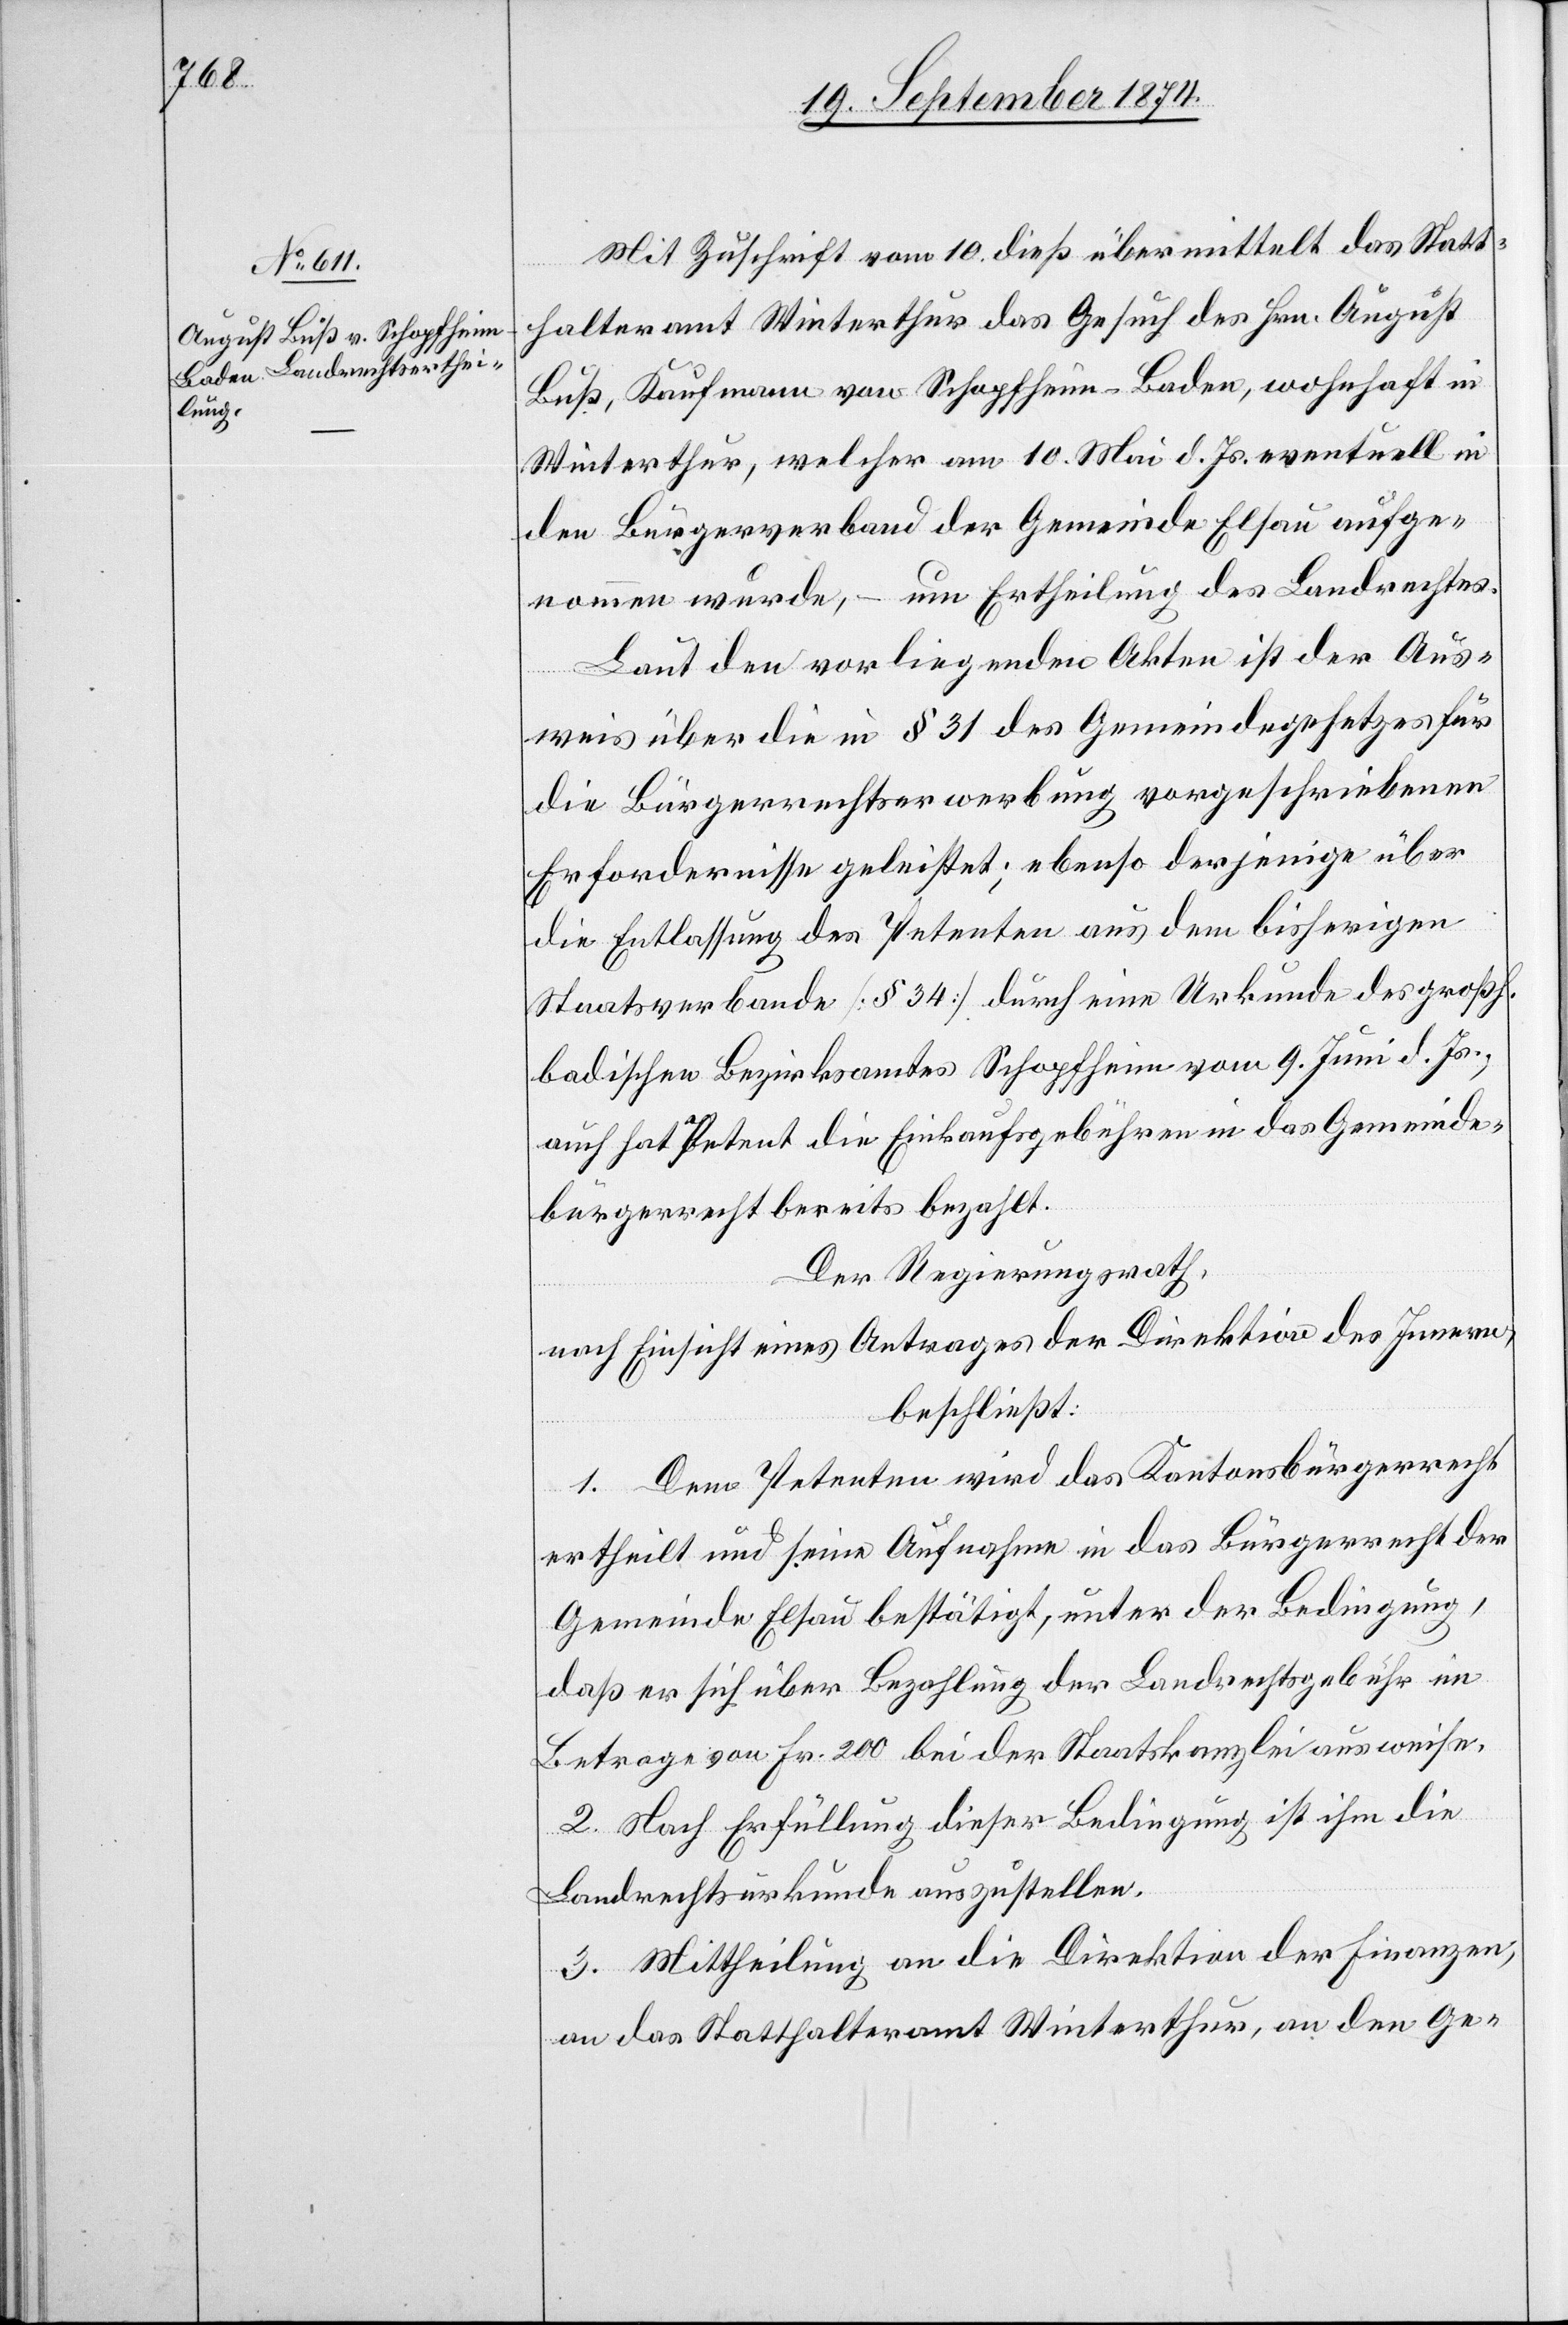
Mit Zuschrift vom 10. dieß übermittelt das Statt¬
halteramt Winterthur das Gesuch des Hrn. August
Buß, Kaufmann von Schopfheim-Baden, wohnhaft in
Winterthur, welcher am 10. Mai d. Js. eventuell in
den Bürgerverband der Gemeinde Elsau aufge¬
nommen wurde, – um Ertheilung des Landrechtes.
Laut den vorliegenden Akten ist der Aus¬
weis über die in § 31 des Gemeindegesetzes für
die Bürgerrechtserwerbung vorgeschriebenen
Erfordernisse geleistet; ebenso derjenige über
die Entlassung des Petenten aus dem bisherigen
Staatsverbande [§ 34] durch eine Urkunde des großh.
badischen Bezirksamtes Schopfheim vom 9. Juni d. Js.,
auch hat Petent die Einkaufsgebühren in das Gemeinde¬
bürgerrecht bereits bezahlt.
Der Regierungsrath,
nach Einsicht eines Antrages der Direktion des Innern,
beschließt:
1. Dem Petenten wird das Kantonsbürgerrecht
ertheilt und seine Aufnahme in das Bürgerrecht der
Gemeinde Elsau bestätigt, unter der Bedingung,
daß er sich über Bezahlung der Landrechtsgebühr im
Betrage von Fr. 200 bei der Staatskanzlei ausweise.
2. Nach Erfüllung dieser Bedingung ist ihm die
Landrechtsurkunde auszustellen.
3. Mittheilung an die Direktion der Finanzen,
an das Statthalteramt Winterthur, an den Ge-